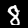
Digit: 8